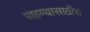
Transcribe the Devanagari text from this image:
पाहण्यासाठीच